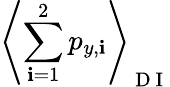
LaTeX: \left\langle\sum_{\mathbf{i}=1}^{2}p_{y,\mathbf{i}}\right\rangle_{\mathrm{{~D~I~}}}